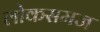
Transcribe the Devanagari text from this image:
लोकसमज